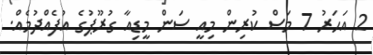
2 އަހަރު 7 މަސް ކުރިން މިއީ ސަން މީޑިއާ ގުރޫޕުގެ އުފެއްދުމެއް.